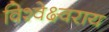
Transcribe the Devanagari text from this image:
विश्वेक्ष्वराय